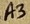
Text: A3